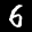
Label: 6